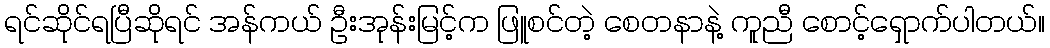
ရင်ဆိုင်ရပြီဆိုရင် အန်ကယ် ဦးအုန်းမြင့်က ဖြူစင်တဲ့ စေတနာနဲ့ ကူညီ စောင့်ရှောက်ပါတယ်။